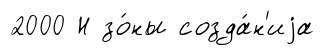
2000 Н зо́ны созда́н'иjа